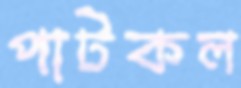
পাটকল